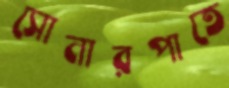
সোনারপাতে